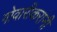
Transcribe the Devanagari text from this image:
गोवारीकरांनी